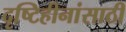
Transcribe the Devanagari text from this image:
दृष्टिहीनांसाठी